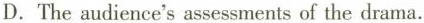
D.The audience's assessments of the drama.